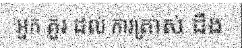
អ្នក គួរ ដល់ ការត្រាស់ ដឹង